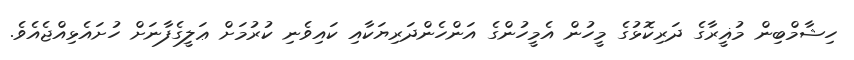
ހިޝާމްބިން މުޣީރާގެ ދަރިކޮޅުގެ މީހުން އެމީހުންގެ އަންހެންދަރިޔަކާއި ކައިވެނި ކުރުމަށް ޢަލީގެފާނަށް ހުށައެޅިއްޖެއެވެ.